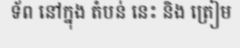
ទ័ព នៅក្នុង តំបន់ នេះ និង ត្រៀម